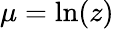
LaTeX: \mu=\ln(z)